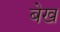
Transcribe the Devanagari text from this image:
बेख